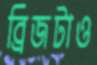
ব্রিজটাও